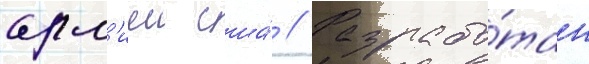
арм'иеи сша́ // Разрабо́тан